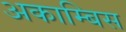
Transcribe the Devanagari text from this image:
अकाम्बिस